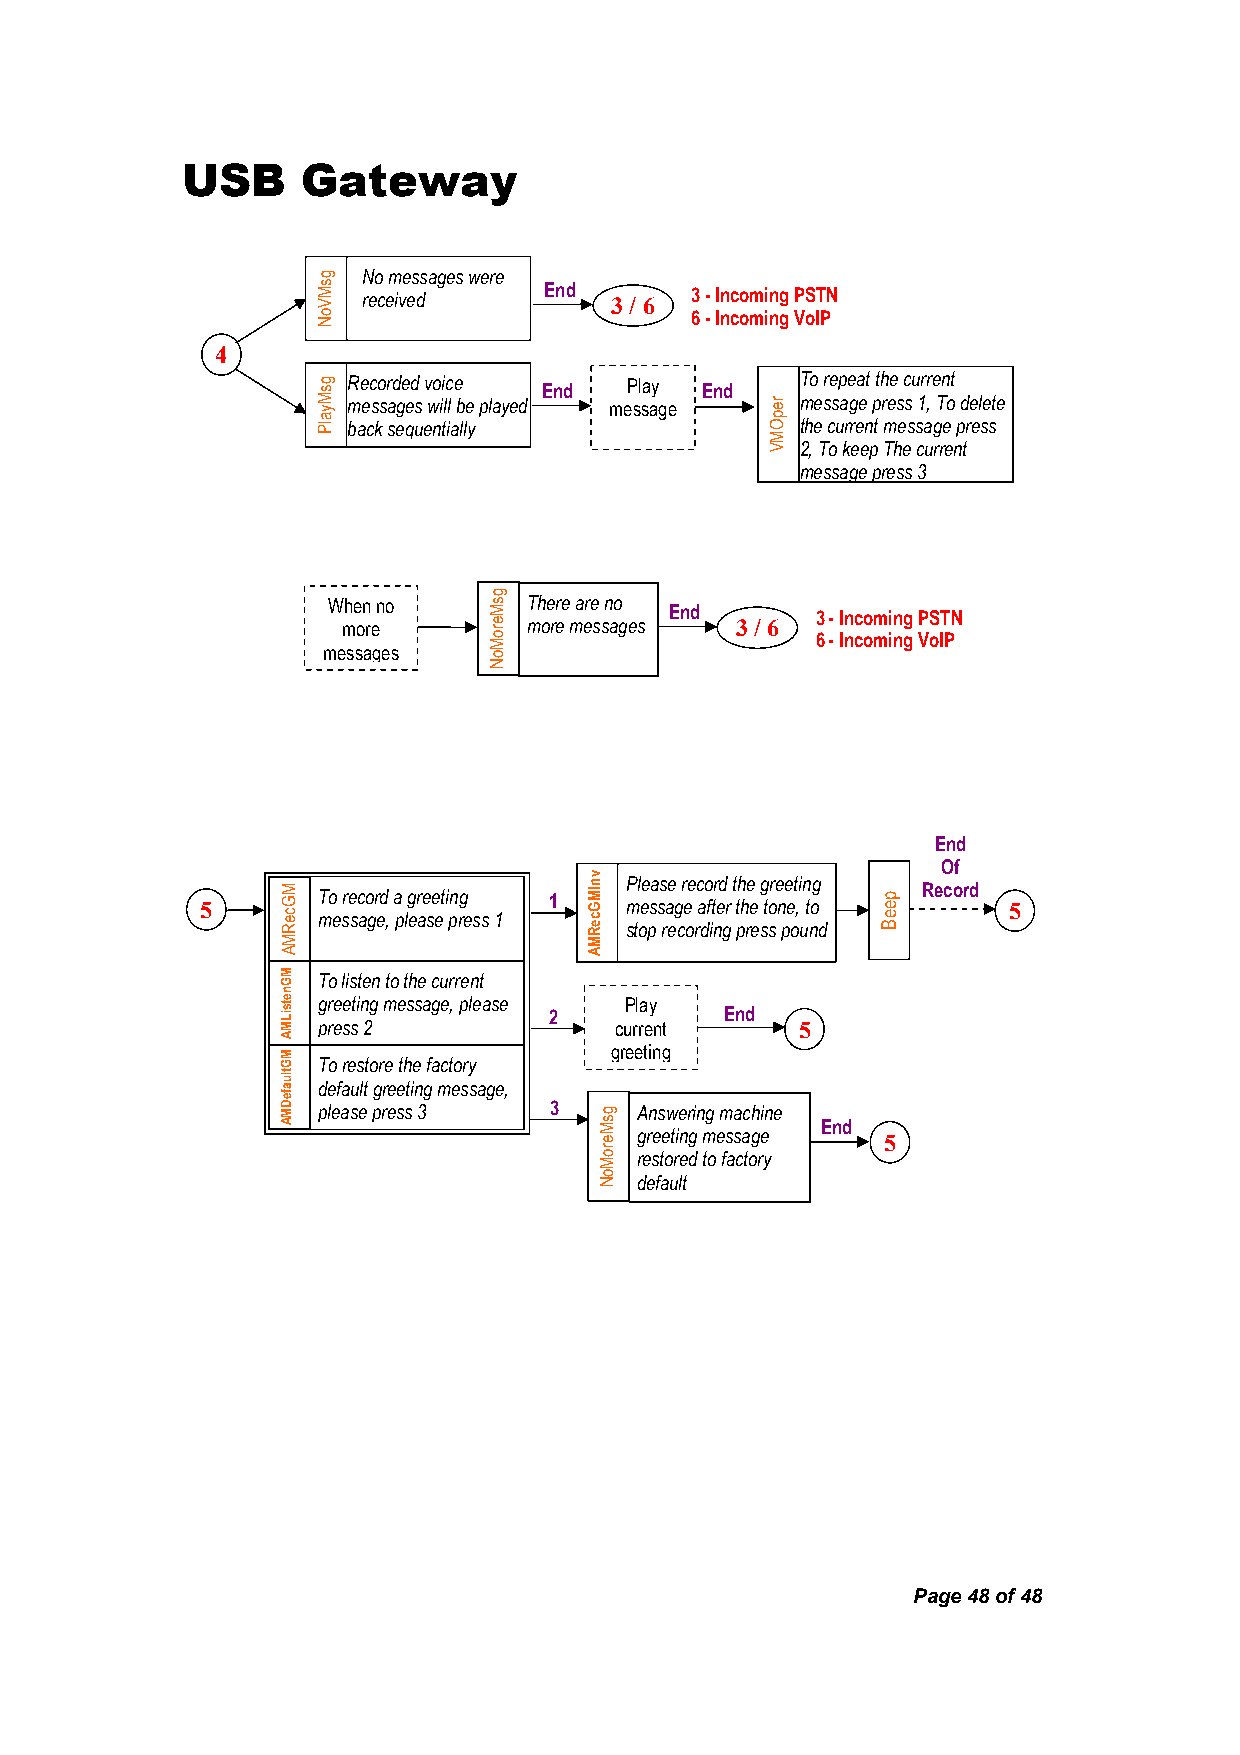
USB     Gateway
 No messages were
 received    End 3 / 6 3 - Incoming PSTN
 6 - Incoming VoIP
 4
 Recorded voice End Play End   To repeat the current
 messages will be played message message press 1, To delete
 back sequentially             the current message press
 2, To keep The current
 message press 3
 When no      There are no End   3 - Incoming PSTN
 more        more messages 3 / 6
 6 - Incoming VoIP
 messages
 End
 Of
 Please record the greeting Record 5 To record a greeting 1 message after the tone, to 5
 message, please press 1
 stop recording press pound
 To listen to the current
 greeting message, please Play
 2           End
 press 2             current     5
 greeting
 To restore the factory
 default greeting message,
 please press 3 3     Answering machine
 End
 greeting message 5
 restored to factory
 default
 Page 48 of 48
 MGceRMA
 MGnetsiLMA
 MGtluafeDMA
 gsMVoN
 gsMyalP
 gsMeroMoN
 vnIMGceRMA
 gsMeroMoN
 repOMV
 peeB